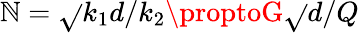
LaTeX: \mathbb{N}=\sqrt{}{{k_{1}d/k_{2}}}\proptoG\sqrt{}{{d/Q}}